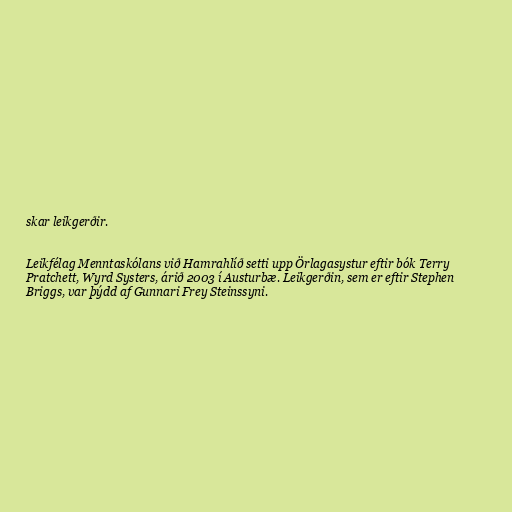
skar leikgerðir.

Leikfélag Menntaskólans við Hamrahlíð setti upp Örlagasystur eftir bók Terry
Pratchett, Wyrd Systers, árið 2003 í Austurbæ. Leikgerðin, sem er eftir Stephen
Briggs, var þýdd af Gunnari Frey Steinssyni.